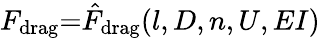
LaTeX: F_{\mathrm{drag}}{=}\hat{F}_{\mathrm{drag}}(l,D,n,U,EI)